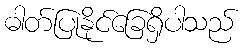
ဓါတ်ပြုနိုင်ခြေရှိပါသည်